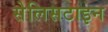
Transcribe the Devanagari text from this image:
सेलिसटाइन